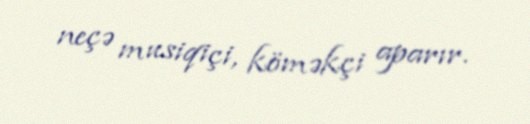
neçə musiqiçi, köməkçi aparır.